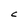
Character: c